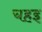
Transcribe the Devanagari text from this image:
चहइ